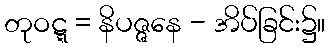
တုဝဋ္ဋ = နိပဇ္ဇနေ - အိပ်ခြင်း၌။